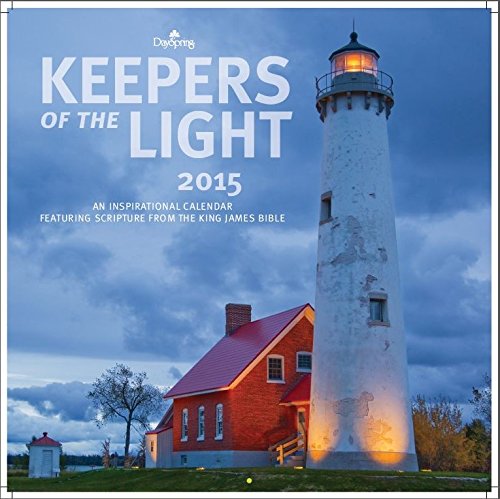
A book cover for Lighthouses 2015 Wall Calendar; DaySpring; Calendars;